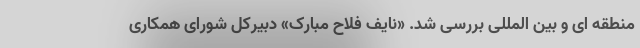
منطقه ای و بین المللی بررسی شد. «نایف فلاح مبارک» دبیرکل شورای همکاری